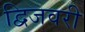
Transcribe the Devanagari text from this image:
द्विजवरी